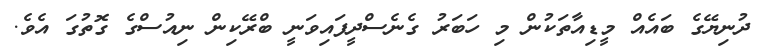
ދުނިޔޭގެ ބައެއް މީޑިއާތަކުން މި ހަބަރު ގެނެސްދީފައިވަނީ ބްރޭކިން ނިއުސްގެ ގޮތުގަ އެވެ.